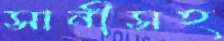
সানীসহ